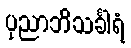
ပုညာဘိသင်္ခါရံ